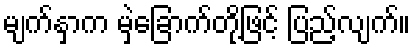
မျက်နှာက မှဲ့ခြောက်တို့ဖြင့် ပြည့်လျက်။